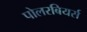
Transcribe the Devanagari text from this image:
पोलरबियर्स